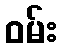
ဝမ်း